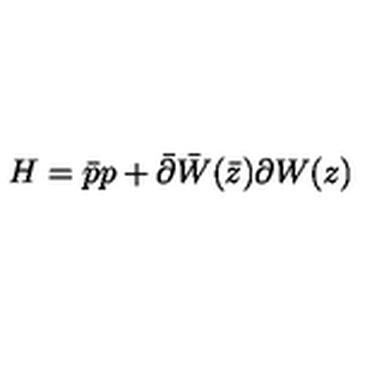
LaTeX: H = \bar { p } p + \bar { \partial } \bar { W } ( \bar { z } ) \partial W ( z )